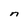
Character: n